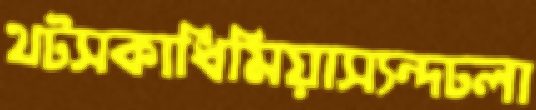
থটসকাধিমিয়াস্যন্দঢলা